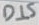
Text: DIS